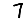
Digit: 7